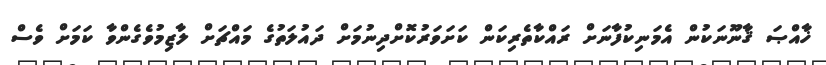
ޚާއްޞަ ޤާނޫނަކުން އެމަނިކުފާނަށް ރައްކާތެރިކަން ކަށަވަރުކޮށްދިނުމަށް ދައުލަތުގެ މައްޗަށް ލާޒިމުވެގެންވާ ކަމަށް ވެސް